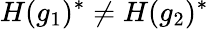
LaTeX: H(g_{1})^{*}\neq H(g_{2})^{*}